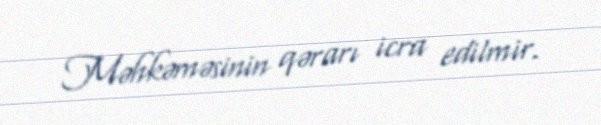
Məhkəməsinin qərarı icra edilmir.